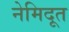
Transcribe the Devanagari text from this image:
नेमिदूत